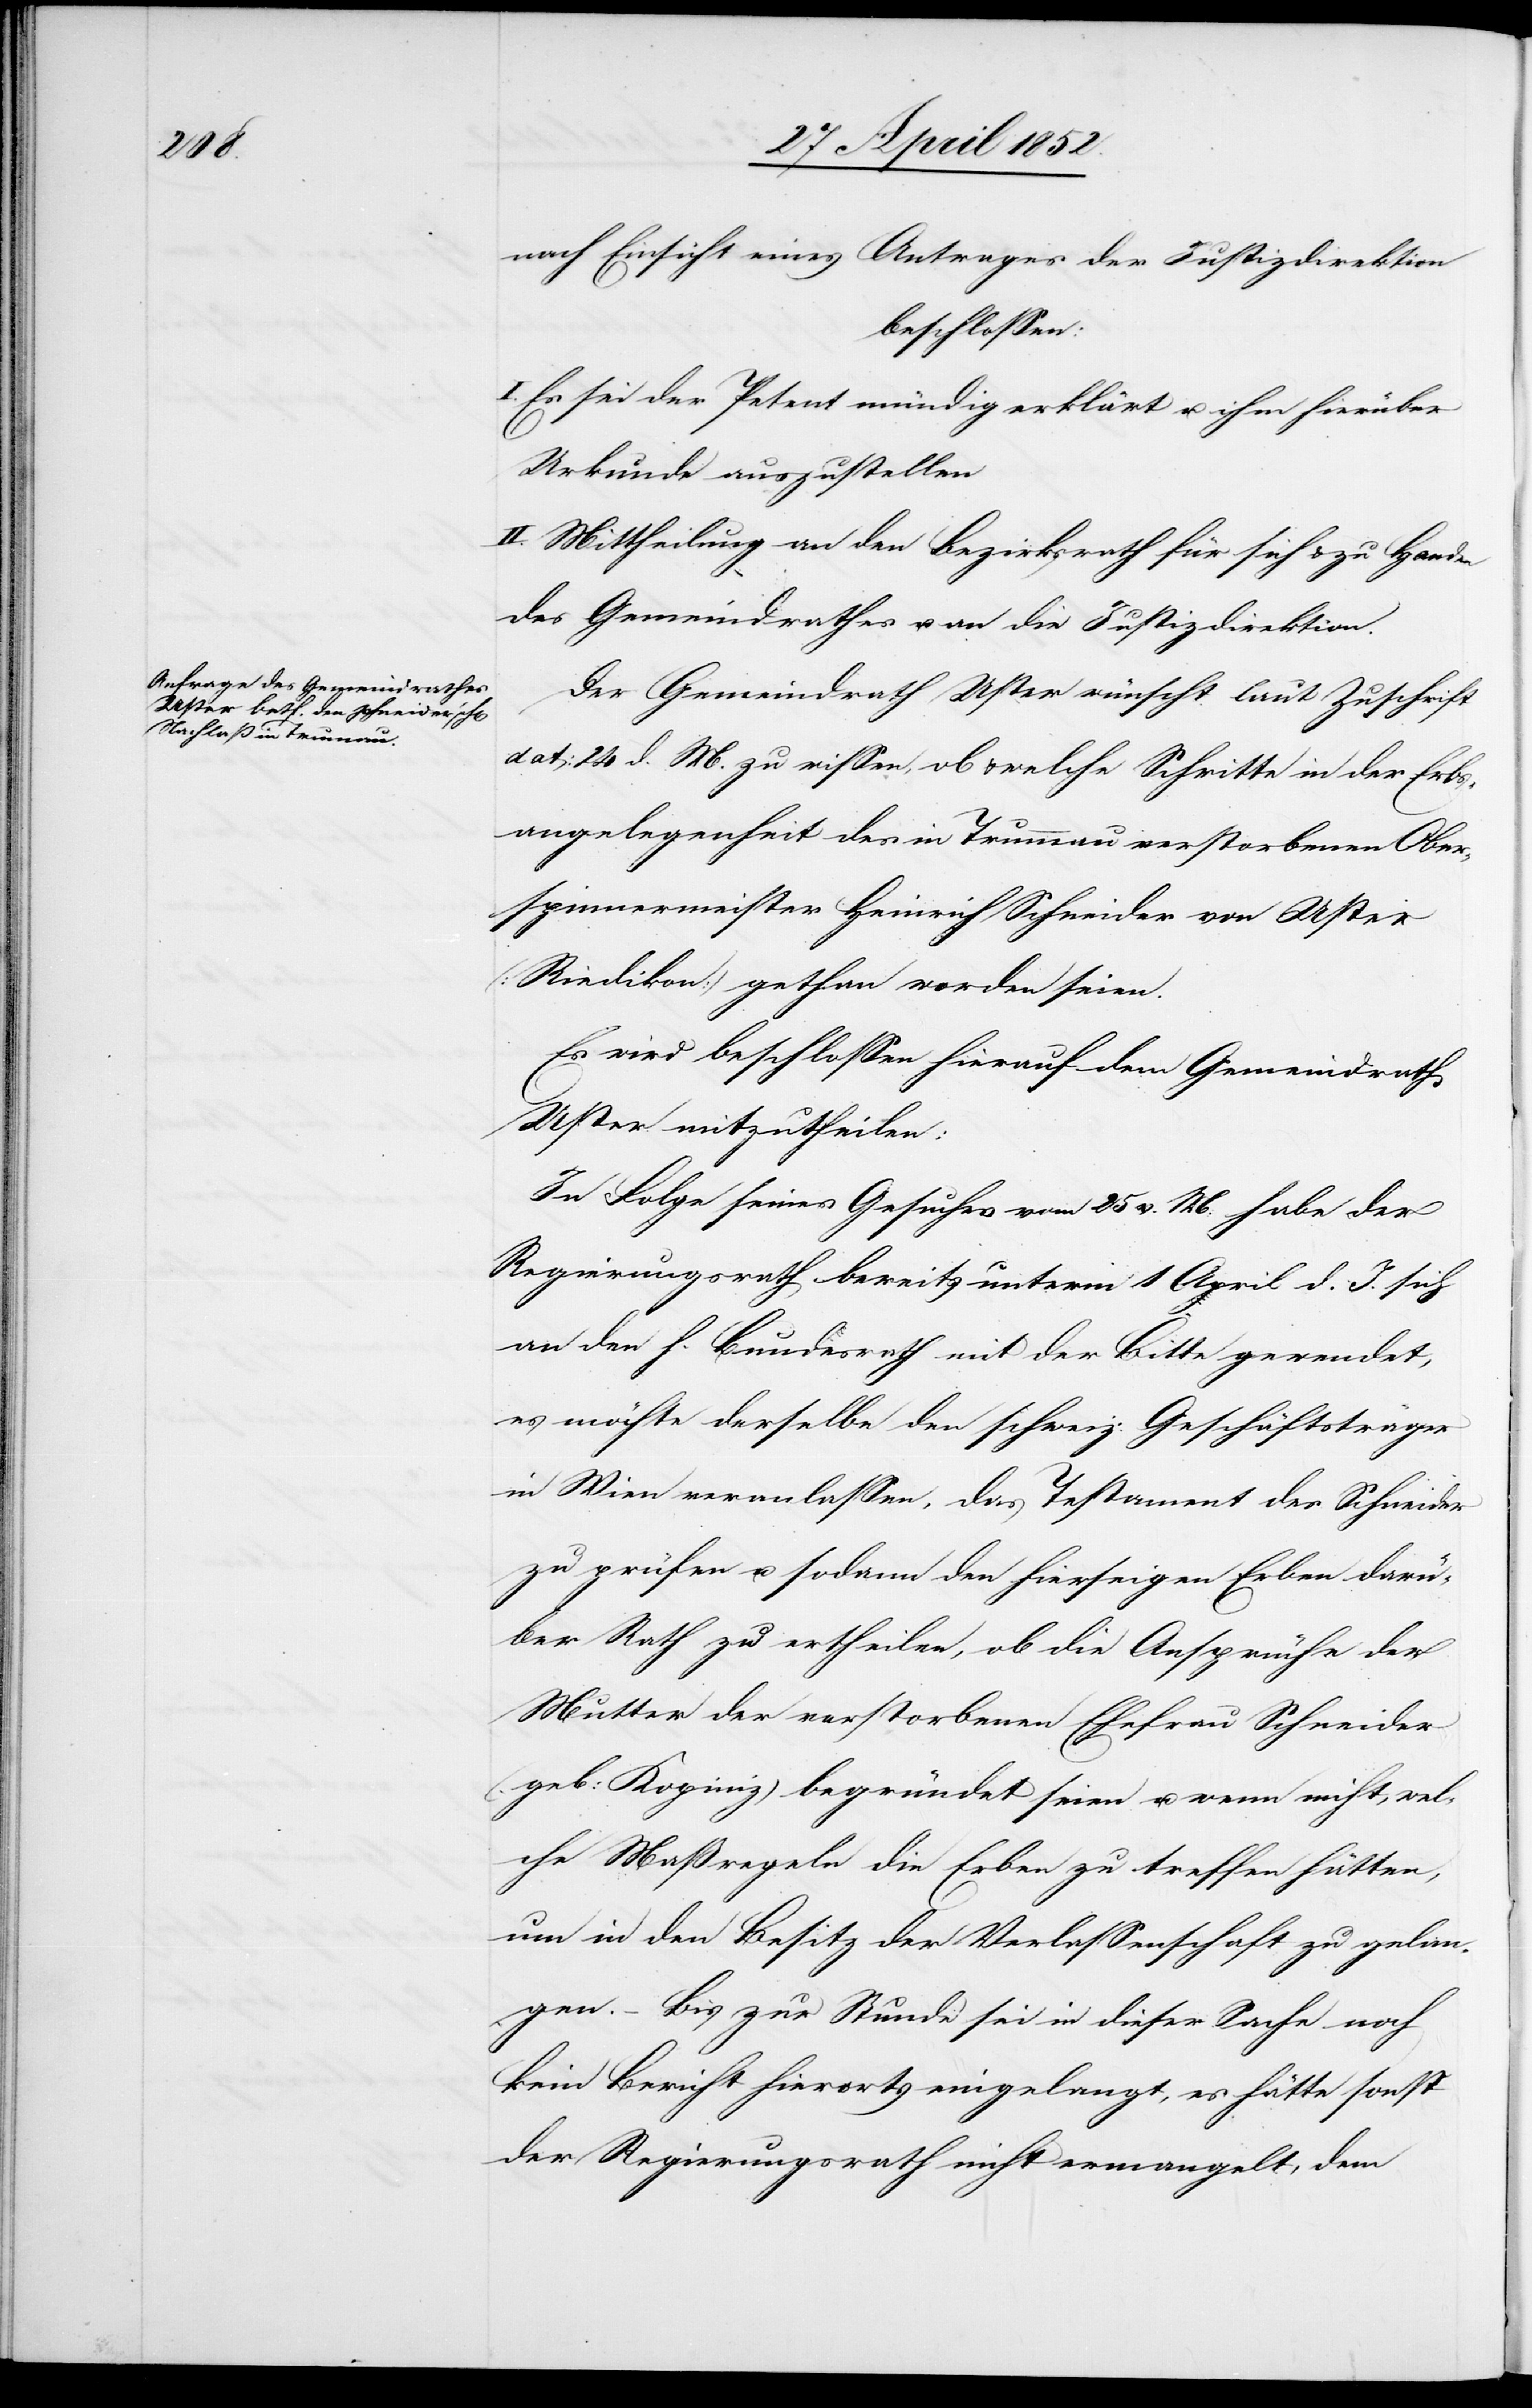
nach Einsicht eines Antrages der Justizdirektion
beschlossen:
I. Es sei der Petent mündig erklärt u. ihm hierüber
Urkunde auszustellen
II. Mittheilung an den Bezirksrath für sich & zu Handen
des Gemeindrathes u. an die Justizdirektion.
Der Gemeindrath Uster wünscht laut Zuschrift
dat: 24 d. M. zu wissen, ob & welche Schritte in der Erbs¬
angelegenheit des in Trummau verstorbenen Ober¬
spinnermeister Heinrich Schneider von Uster
(Riedikon) gethan worden seien.
Es wird beschlossen hierauf dem Gemeindrath
Uster mitzutheilen:
In Folge seines Gesuches vom 25 v. M. habe der
Regierungsrath bereits unterm 1 April d. J. sich
an den h. Bundesrath mit der Bitte gewendet,
es möchte derselbe den schweiz: Geschäftsträger
in Wien veranlassen, das Testament des Schneider
zu prüfen u. sodann den hiersei[ti]gen Erben darü¬
ber Rath zu ertheilen, ob die Ansprüche der
Mutter der verstorbenen Ehefrau Schneider
(geb: Kopiniz) begründet seien u. wenn nicht, wel¬
che Maßregeln die Erben zu treffen hätten,
um in den Besitz der Verlassenschaft zu gelan¬
gen. – Bis zur Stunde sei in dieser Sache noch
kein Bericht hierorts eingelangt, es hätte sonst
der Regierungsrath nicht ermangelt, dem